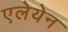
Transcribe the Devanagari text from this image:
एलेयेन